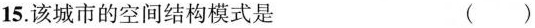
15.该城市的空间结构模式是 ()